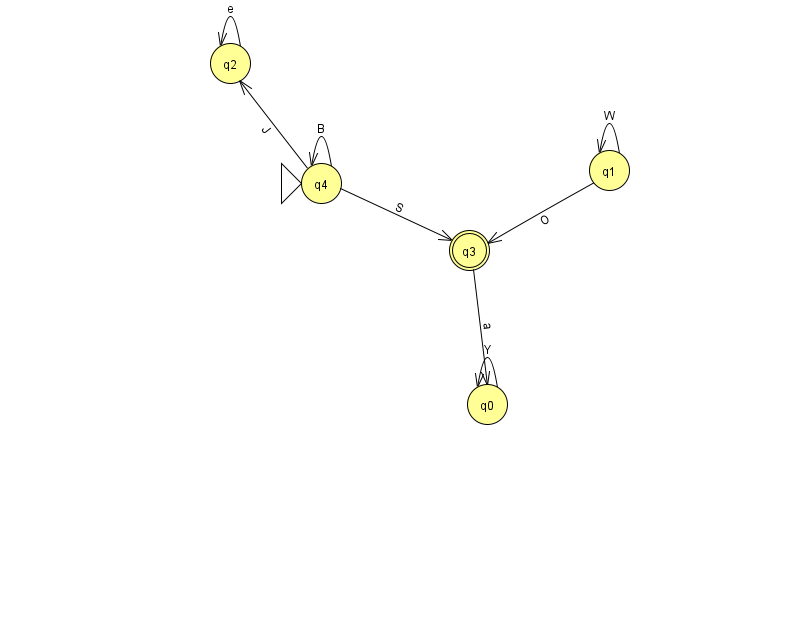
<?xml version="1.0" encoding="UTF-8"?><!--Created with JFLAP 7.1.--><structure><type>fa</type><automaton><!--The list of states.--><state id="0" name="q0"><x>487.0</x><y>391.0</y></state><state id="1" name="q1"><x>609.0</x><y>157.0</y></state><state id="2" name="q2"><x>230.0</x><y>50.0</y></state><state id="3" name="q3"><x>469.0</x><y>237.0</y><final/></state><state id="4" name="q4"><x>321.0</x><y>170.0</y><initial/></state><!--The list of transitions.--><transition><from>4</from><to>4</to><read>B</read></transition><transition><from>1</from><to>3</to><read>O</read></transition><transition><from>2</from><to>2</to><read>e</read></transition><transition><from>1</from><to>1</to><read>W</read></transition><transition><from>0</from><to>0</to><read>Y</read></transition><transition><from>4</from><to>3</to><read>S</read></transition><transition><from>3</from><to>0</to><read>a</read></transition><transition><from>4</from><to>2</to><read>J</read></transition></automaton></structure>